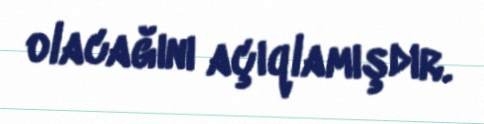
olacağını açıqlamışdır.